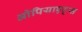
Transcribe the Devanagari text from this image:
ओपियाएट्स